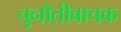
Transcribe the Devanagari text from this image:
चुनौतीबाचक